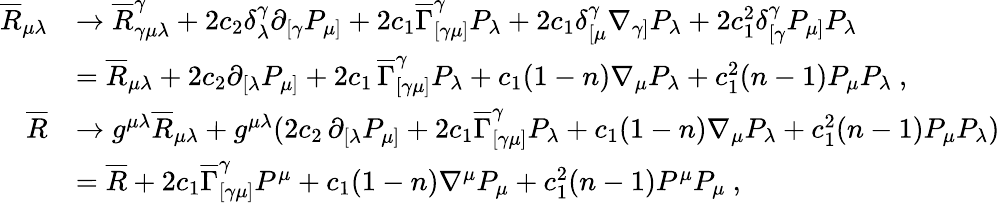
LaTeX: \begin{array}{rl}{\overline{{R}}_{\mu\lambda}}&{\rightarrow\overline{{R}}_{\gamma\mu\lambda}^{\gamma}+2c_{2}\delta_{\lambda}^{\gamma}\partial_{[\gamma}P_{\mu]}+2c_{1}\overline{{\Gamma}}_{[\gamma\mu]}^{\gamma}P_{\lambda}+2c_{1}\delta_{[\mu}^{\gamma}\nabla_{\gamma]}P_{\lambda}+2c_{1}^{2}\delta_{[\gamma}^{\gamma}P_{\mu]}P_{\lambda}}\\ &{=\overline{{R}}_{\mu\lambda}+2c_{2}\partial_{[\lambda}P_{\mu]}+2c_{1}\, \overline{{\Gamma}}_{[\gamma\mu]}^{\gamma}P_{\lambda}+c_{1}(1-n)\nabla_{\mu}P_{\lambda}+c_{1}^{2}(n-1)P_{\mu}P_{\lambda}\ ,}\\ {\overline{{R}}}&{\rightarrow g^{\mu\lambda}\overline{{R}}_{\mu\lambda}+g^{\mu\lambda}(2c_{2}\, \partial_{[\lambda}P_{\mu]}+2c_{1}\overline{{\Gamma}}_{[\gamma\mu]}^{\gamma}P_{\lambda}+c_{1}(1-n)\nabla_{\mu}P_{\lambda}+c_{1}^{2}(n-1)P_{\mu}P_{\lambda})}\\ &{=\overline{{R}}+2c_{1}\overline{{\Gamma}}_{[\gamma\mu]}^{\gamma}P^{\mu}+c_{1}(1-n)\nabla^{\mu}P_{\mu}+c_{1}^{2}(n-1)P^{\mu}P_{\mu}\ ,}\end{array}